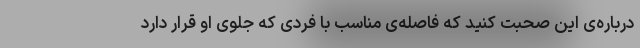
درباره‌ی این صحبت کنید که فاصله‌ی مناسب با فردی که جلوی او قرار دارد